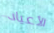
الأعياد